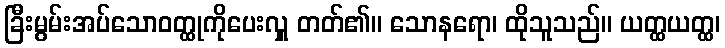
ခြီးမွမ်းအပ်သောဝတ္ထုကိုပေးလှူ တတ်၏။ သောနရော၊ ထိုသူသည်။ ယတ္ထယတ္ထ၊